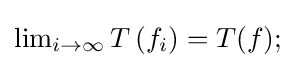
{\textstyle \lim _{i\to \infty }T\left(f_{i}\right)=T(f);}